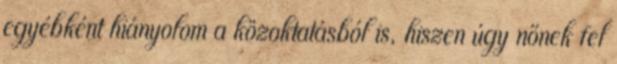
egyébként hiányolom a közoktatásból is, hiszen úgy nőnek fel